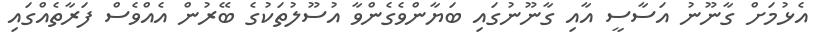
އެޅުމަށް ގާނޫނު އަސާސީ އާއި ގާނޫނުގައި ބަޔާންވެގެންވާ އުސޫލުތަކުގެ ބޭރުން އެއްވެސް ފަރާތެއްގައި